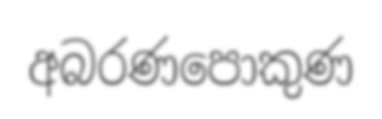
අබරණපොකුණ